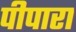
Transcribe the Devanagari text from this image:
पीपारा